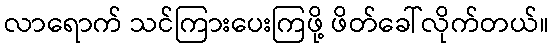
လာရောက် သင်ကြားပေးကြဖို့ ဖိတ်ခေါ်လိုက်တယ်။